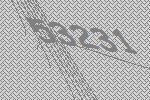
53231